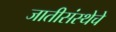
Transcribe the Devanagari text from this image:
जातीसंस्थेचे